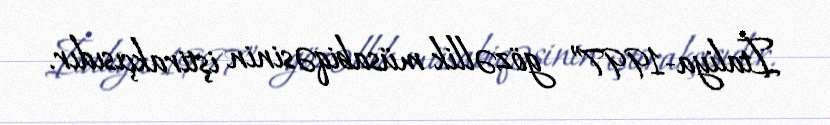
İtaliya-1997” gözəllik müsabiqəsinin iştirakçısıdır.